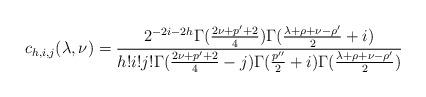
LaTeX: \begin{align*} c_{h,i,j}(\lambda,\nu) = \frac{2^{-2i-2h}\Gamma(\frac{2\nu+p'+2}{4})\Gamma(\frac{\lambda+\rho+\nu-\rho'}{2}+i)}{h!i!j!\Gamma(\frac{2\nu+p'+2}{4}-j)\Gamma(\frac{p''}{2}+i)\Gamma(\frac{\lambda+\rho+\nu-\rho'}{2})}\end{align*}